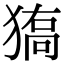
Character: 𤠬